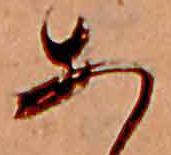
あ